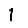
Digit: 1